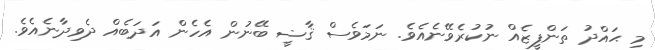
މި ޙައްދު ތަންފީޒެއް ނުކުރެވޭނެއެވެ. ނަމަވެސް ޤާޟީ ބޭނުން އެހެން އަދަބެއް ދެވިދާނެއެވެ.